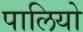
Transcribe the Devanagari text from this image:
पालियो